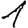
Digit: 1